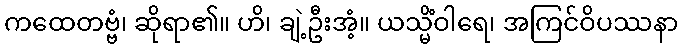
ကထေတဗ္ဗံ၊ ဆိုရာ၏။ ဟိ၊ ချဲ့ဦးအံ့။ ယသ္မိံဝါရေ၊ အကြင်ဝိပဿနာ